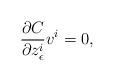
LaTeX: \begin{align*}\frac{\partial C}{\partial z^i_{\epsilon}}v^i=0,\end{align*}